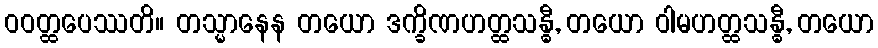
ဝဝတ္ထပေဿတိ။ တသ္မာနေန တယော ဒက္ခိဏဟတ္ထသန္ဓီ, တယော ဝါမဟတ္ထသန္ဓီ, တယော